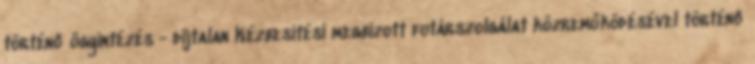
történő ügyintézés - díjtalan Kézbesítési megbízott futárszolgálat közreműködésével történő